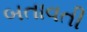
બતાવતી